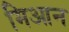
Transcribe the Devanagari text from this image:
मिआन